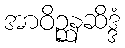
အာဝိဉ္ဆနဆိဒ္ဒံ